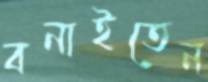
বনাইতেন